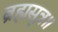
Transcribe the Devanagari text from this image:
ब्रह्मसूत्र॥